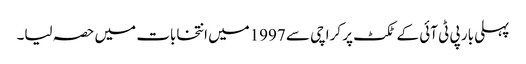
پہلی بار پی ٹی آئی کے ٹکٹ پر کراچی سے 1997میں انتخابات میں حصہ لیا۔